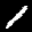
Label: 1